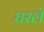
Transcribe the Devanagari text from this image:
घरले